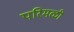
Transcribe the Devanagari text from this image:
परिमळी